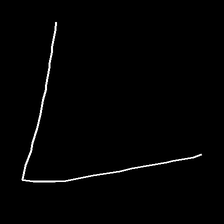
Glyph: region